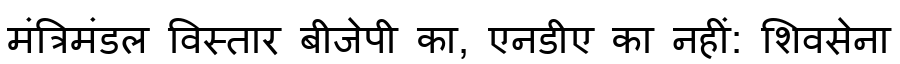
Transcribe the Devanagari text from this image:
मंत्रिमंडल विस्तार बीजेपी का, एनडीए का नहीं: शिवसेना